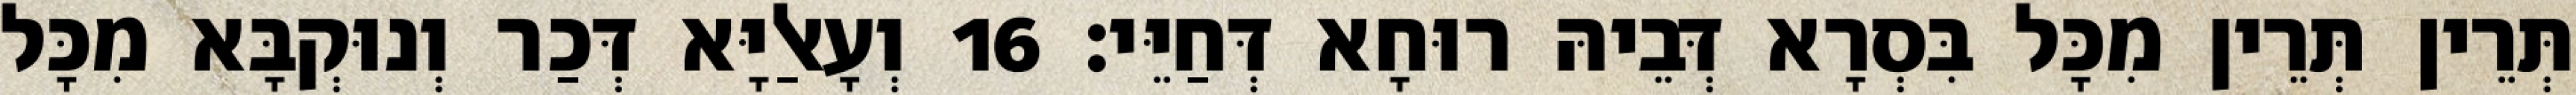
תְּרֵין תְּרֵין מִכָּל בִּסְרָא דְּבֵיהּ רוּחָא דְּחַיֵּי׃ 16 וְעָאלַיָּא דְּכַר וְנוּקְבָּא מִכָּל